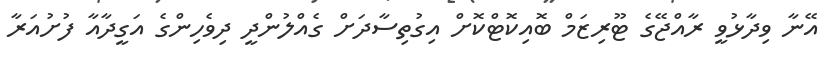
އޭނާ ވިދާޅުވީ ރާއްޖޭގެ ޓޫރިޒަމް ބޮއިކޮޓްކޮށް އިގުތިސާދަށް ގެއްލުންދީ ދިވެހިންގެ އަގީދާއާ ފުށުއަރާ